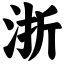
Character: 浙